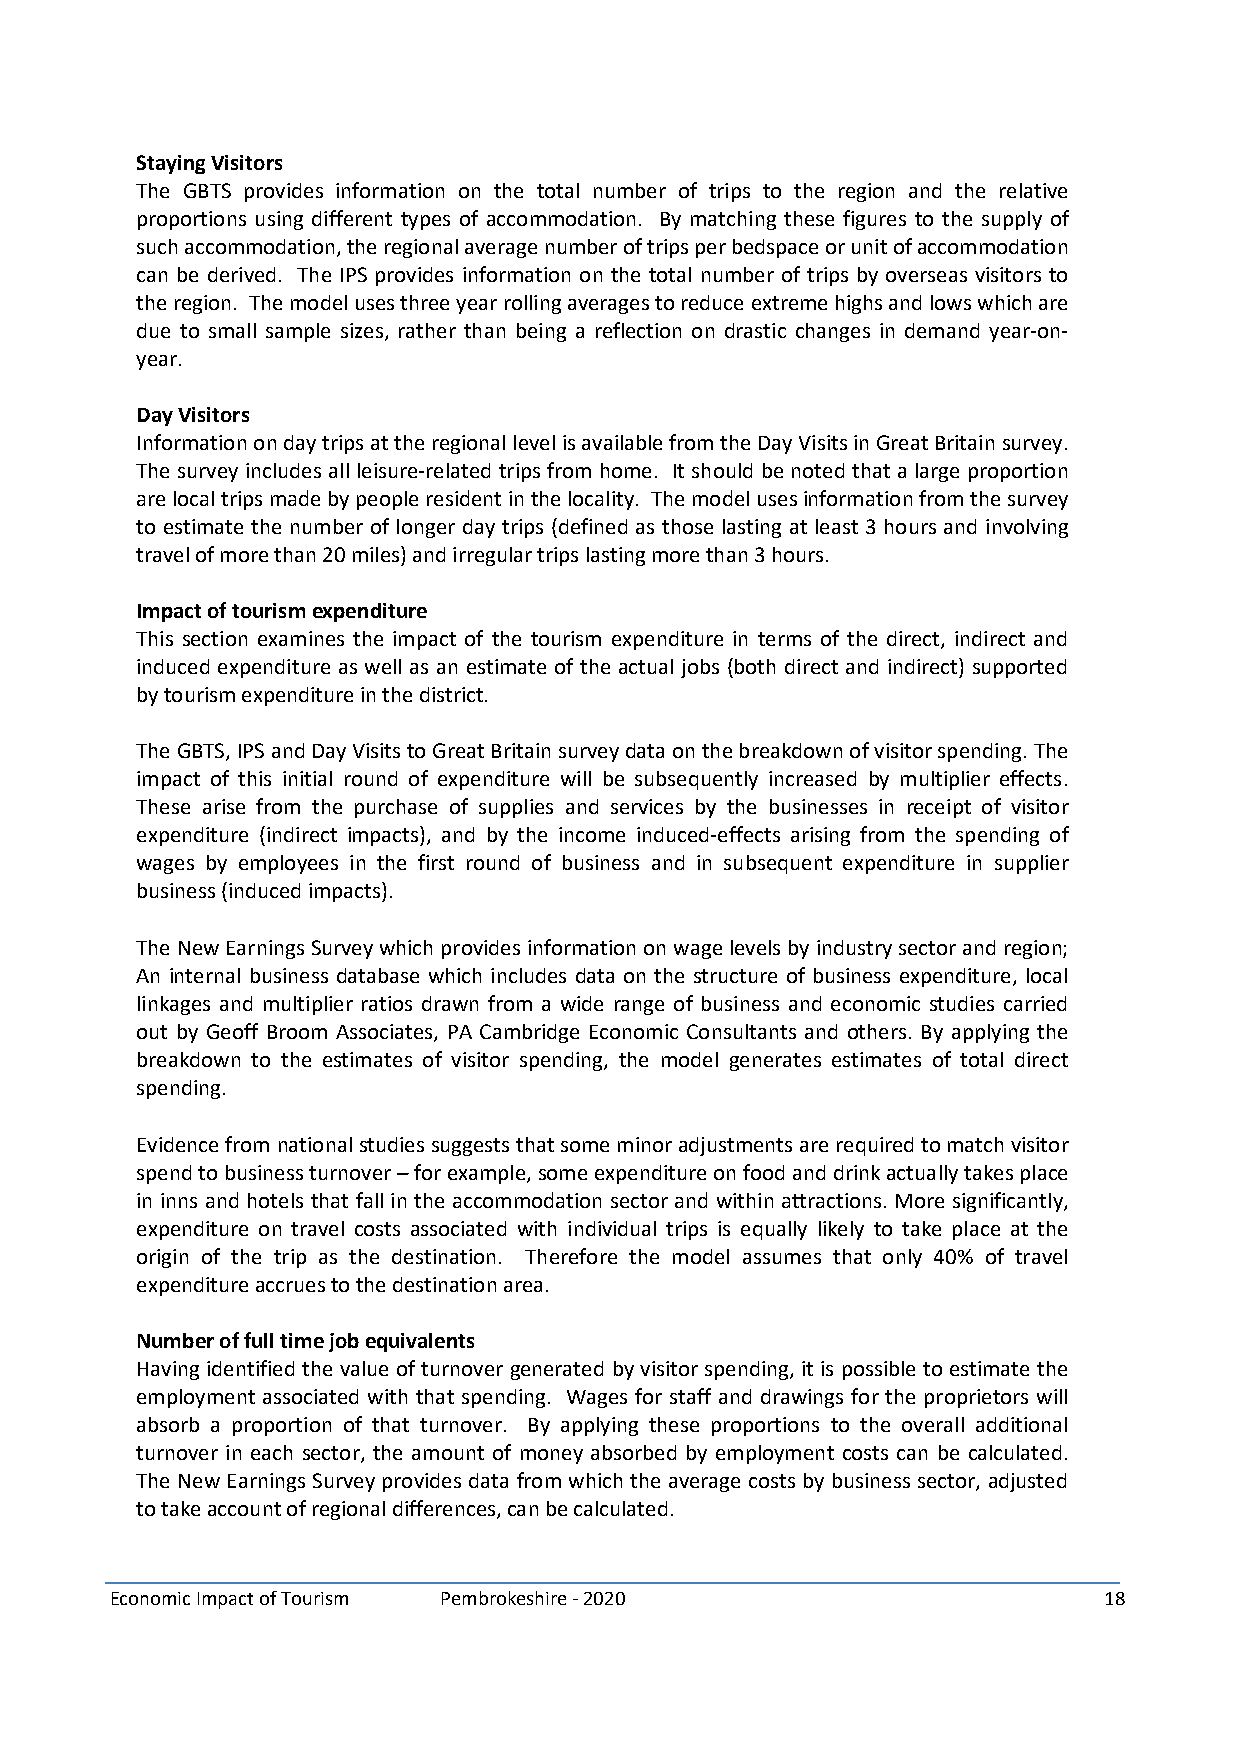
StayingVisitors
 The GBTS provides information on the total number of trips to the region and the relative
 proportions using different types of accommodation. By matching these figures to the supply of
 suchaccommodation,theregionalaveragenumberoftripsperbedspaceorunitofaccommodation
 can be derived. The IPS provides information on the total number of trips by overseas visitors to
 theregion. Themodelusesthreeyearrollingaveragestoreduceextremehighsandlowswhichare
 due to small sample sizes, rather than being a reflection on drastic changes in demand year-on-
 year.
 DayVisitors
 InformationondaytripsattheregionallevelisavailablefromtheDayVisitsinGreatBritainsurvey.
 The survey includes allleisure-relatedtrips from home. It should be noted thata large proportion
 arelocaltripsmadebypeopleresidentinthelocality. Themodelusesinformationfromthesurvey
 to estimate the number of longer day trips (defined as those lasting at least 3 hours and involving
 travelofmorethan20miles)andirregulartripslastingmorethan3hours.
 Impactoftourismexpenditure
 This section examines the impact of the tourism expenditure in terms of the direct, indirect and
 induced expenditure as well as an estimate of the actual jobs (both direct and indirect) supported
 bytourismexpenditureinthedistrict.
 TheGBTS,IPSandDayVisitstoGreatBritainsurveydataonthebreakdownofvisitorspending.The
 impact of this initial round of expenditure will be subsequently increased by multiplier effects.
 These arise from the purchase of supplies and services by the businesses in receipt of visitor
 expenditure (indirect impacts), and by the income induced-effects arising from the spending of
 wages by employees in the first round of business and in subsequent expenditure in supplier
 business(inducedimpacts).
 TheNewEarningsSurveywhichprovidesinformationonwagelevelsbyindustrysectorandregion;
 An internal business database which includes data on the structure of business expenditure, local
 linkages and multiplier ratios drawn from a wide range of business and economic studies carried
 out by Geoff Broom Associates, PA Cambridge Economic Consultants and others. By applying the
 breakdown to the estimates of visitor spending, the model generates estimates of total direct
 spending.
 Evidencefromnationalstudiessuggeststhatsomeminoradjustmentsarerequiredtomatchvisitor
 spendtobusinessturnover–forexample,someexpenditureonfoodanddrinkactuallytakesplace
 in inns and hotels that fallin the accommodation sector and within attractions.More significantly,
 expenditure on travel costs associated with individual trips is equally likely to take place at the
 origin of the trip as the destination. Therefore the model assumes that only 40% of travel
 expenditureaccruestothedestinationarea.
 Numberoffulltimejobequivalents
 Havingidentifiedthe valueofturnover generatedbyvisitorspending,it is possible to estimate the
 employment associated with that spending. Wages for staff and drawings for the proprietors will
 absorb a proportion of that turnover. By applying these proportions to the overall additional
 turnover in each sector, the amount of money absorbed by employment costs can be calculated.
 The New Earnings Survey provides data from whichthe average costs by business sector, adjusted
 totakeaccountofregionaldifferences,canbecalculated.
 Economic Impact of Tourism Pembrokeshire - 2020                   18